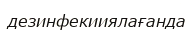
дезинфекииялағанда